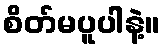
စိတ်မပူပါနဲ့။